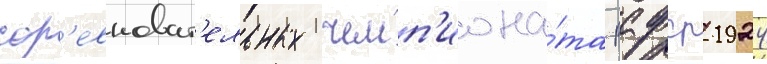
сор'евноват'ельных чемп'иона́та рсфср 1924